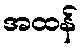
အထန်